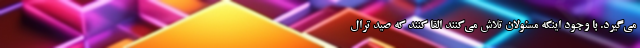
می‌گیرد. با وجود اینکه مسئولان تلاش می‌کنند القا کنند که صید ترال